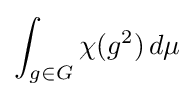
\int _{g\in G}\chi (g^{2})\,d\mu